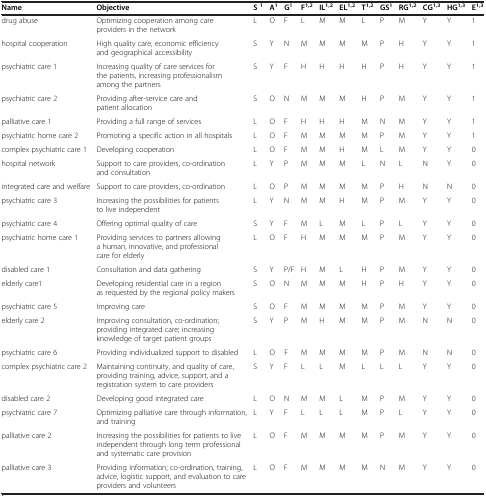
<table><thead><tr><td><b>Name</b></td><td><b>Objective</b></td><td><b>S <sup>1</sup></b></td><td><b>A<sup>1</sup></b></td><td><b>G<sup>1</sup></b></td><td><b>F<sup>1,2</sup></b></td><td><b>IL<sup>1,2</sup></b></td><td><b>EL<sup>1,2</sup></b></td><td><b>T<sup>1,2</sup></b></td><td><b>GS<sup>1</sup></b></td><td><b>RG<sup>1,2</sup></b></td><td><b>CG<sup>1,3</sup></b></td><td><b>HG<sup>1,3</sup></b></td><td><b>E<sup>1,3</sup></b></td></tr></thead><tbody><tr><td>drug abuse</td><td>Optimizing cooperation among care providers in the network</td><td>L</td><td>O</td><td>F</td><td>L</td><td>M</td><td>M</td><td>L</td><td>P</td><td>M</td><td>Y</td><td>Y</td><td>1</td></tr><tr><td>hospital cooperation</td><td>High quality care, economic efficiency and geographical accessibility</td><td>S</td><td>Y</td><td>N</td><td>M</td><td>M</td><td>M</td><td>M</td><td>P</td><td>H</td><td>Y</td><td>Y</td><td>1</td></tr><tr><td>psychiatric care 1</td><td>Increasing quality of care services for the patients, increasing professionalism among the partners</td><td>S</td><td>Y</td><td>F</td><td>H</td><td>H</td><td>H</td><td>H</td><td>P</td><td>H</td><td>Y</td><td>Y</td><td>1</td></tr><tr><td>psychiatric care 2</td><td>Providing after-service care and patient allocation</td><td>S</td><td>O</td><td>N</td><td>M</td><td>M</td><td>M</td><td>H</td><td>P</td><td>M</td><td>Y</td><td>Y</td><td>1</td></tr><tr><td>palliative care 1</td><td>Providing a full range of services</td><td>L</td><td>O</td><td>F</td><td>H</td><td>H</td><td>H</td><td>M</td><td>N</td><td>M</td><td>Y</td><td>Y</td><td>1</td></tr><tr><td>psychiatric home care 2</td><td>Promoting a specific action in all hospitals</td><td>L</td><td>O</td><td>F</td><td>M</td><td>M</td><td>M</td><td>M</td><td>P</td><td>M</td><td>Y</td><td>Y</td><td>1</td></tr><tr><td>complex psychiatric care 1</td><td>Developing cooperation</td><td>L</td><td>O</td><td>F</td><td>M</td><td>M</td><td>H</td><td>M</td><td>L</td><td>M</td><td>Y</td><td>Y</td><td>0</td></tr><tr><td>hospital network</td><td>Support to care providers, co-ordination and consultation</td><td>L</td><td>Y</td><td>P</td><td>M</td><td>M</td><td>M</td><td>L</td><td>N</td><td>L</td><td>N</td><td>Y</td><td>0</td></tr><tr><td>integrated care and welfare</td><td>Support to care providers, co-ordination</td><td>L</td><td>O</td><td>P</td><td>M</td><td>M</td><td>M</td><td>M</td><td>P</td><td>H</td><td>N</td><td>N</td><td>0</td></tr><tr><td>psychiatric care 3</td><td>Increasing the possibilities for patients to live independent</td><td>L</td><td>Y</td><td>N</td><td>M</td><td>M</td><td>H</td><td>M</td><td>P</td><td>M</td><td>Y</td><td>Y</td><td>0</td></tr><tr><td>psychiatric care 4</td><td>Offering optimal quality of care</td><td>S</td><td>Y</td><td>F</td><td>M</td><td>L</td><td>M</td><td>L</td><td>P</td><td>L</td><td>Y</td><td>Y</td><td>0</td></tr><tr><td>psychiatric home care 1</td><td>Providing services to partners allowing a human, innovative, and professional care for elderly</td><td>L</td><td>O</td><td>F</td><td>H</td><td>M</td><td>M</td><td>M</td><td>P</td><td>M</td><td>Y</td><td>Y</td><td>0</td></tr><tr><td>disabled care 1</td><td>Consultation and data gathering</td><td>S</td><td>Y</td><td>P/F</td><td>H</td><td>M</td><td>L</td><td>H</td><td>P</td><td>M</td><td>Y</td><td>Y</td><td>0</td></tr><tr><td>elderly care1</td><td>Developing residential care in a region as requested by the regional policy makers</td><td>S</td><td>O</td><td>N</td><td>M</td><td>M</td><td>M</td><td>H</td><td>P</td><td>H</td><td>Y</td><td>Y</td><td>0</td></tr><tr><td>psychiatric care 5</td><td>Improving care</td><td>S</td><td>O</td><td>F</td><td>M</td><td>M</td><td>M</td><td>M</td><td>P</td><td>M</td><td>Y</td><td>Y</td><td>0</td></tr><tr><td>elderly care 2</td><td>Improving consultation, co-ordination; providing integrated care; increasing knowledge of target patient groups</td><td>S</td><td>Y</td><td>P</td><td>M</td><td>H</td><td>M</td><td>M</td><td>P</td><td>M</td><td>N</td><td>N</td><td>0</td></tr><tr><td>psychiatric care 6</td><td>Providing individualized support to disabled</td><td>L</td><td>O</td><td>F</td><td>M</td><td>M</td><td>M</td><td>M</td><td>P</td><td>M</td><td>N</td><td>N</td><td>0</td></tr><tr><td>complex psychiatric care 2</td><td>Maintaining continuity, and quality of care, providing training, advice, support, and a registration system to care providers</td><td>S</td><td>Y</td><td>F</td><td>L</td><td>L</td><td>M</td><td>L</td><td>L</td><td>L</td><td>Y</td><td>Y</td><td>0</td></tr><tr><td>disabled care 2</td><td>Developing good integrated care</td><td>L</td><td>O</td><td>N</td><td>M</td><td>M</td><td>L</td><td>M</td><td>P</td><td>M</td><td>Y</td><td>Y</td><td>0</td></tr><tr><td>psychiatric care 7</td><td>Optimizing palliative care through information, and training</td><td>L</td><td>Y</td><td>F</td><td>L</td><td>L</td><td>L</td><td>M</td><td>P</td><td>L</td><td>Y</td><td>Y</td><td>0</td></tr><tr><td>palliative care 2</td><td>Increasing the possibilities for patients to live independent through long term professional and systematic care provision</td><td>L</td><td>O</td><td>F</td><td>M</td><td>M</td><td>M</td><td>M</td><td>P</td><td>M</td><td>Y</td><td>Y</td><td>0</td></tr><tr><td>palliative care 3</td><td>Providing information; co-ordination, training, advice, logistic support, and evaluation to care providers and volunteers</td><td>L</td><td>O</td><td>F</td><td>M</td><td>M</td><td>M</td><td>M</td><td>N</td><td>M</td><td>Y</td><td>Y</td><td>0</td></tr></tbody></table>